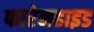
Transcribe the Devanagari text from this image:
फारेनहाइड